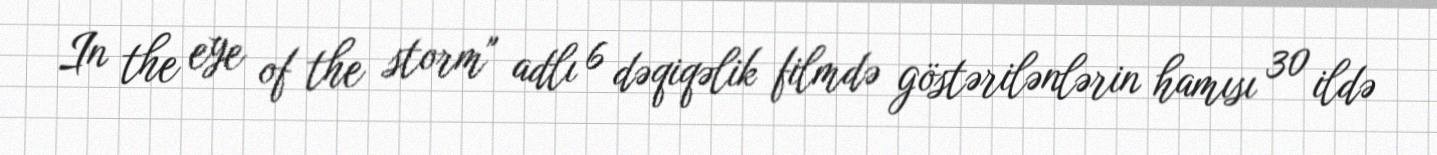
In the eye of the storm" adlı 6 dəqiqəlik filmdə göstərilənlərin hamısı 30 ildə